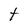
Character: t